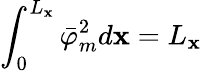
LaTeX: \int_{0}^{L_{\mathbf{x}}}\bar{{\varphi}}_{m}^{2}d\mathbf{x}=L_{\mathbf{x}}